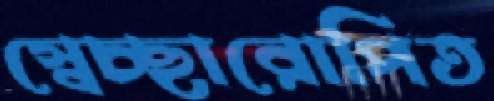
স্বেচ্ছারোপিত